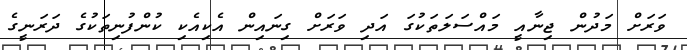
ވަރަށް މަދުން ޖިނާއީ މައްސަލަތަކުގަ އަދި ވަރަށް ގިނައިން އެކިއެކި ކުންފުނިތަކުގެ ދަރަނީގެ